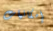
إمكانيات